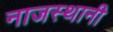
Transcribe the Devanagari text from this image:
नाजस्थानी